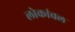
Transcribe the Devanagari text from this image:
लोकांचल